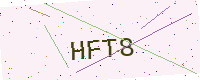
Text: HFT8